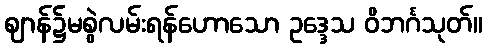
ဈာန်၌မစွဲလမ်းရန်ဟောသော ဥဒ္ဒေသ ဝိဘင်္ဂသုတ်။